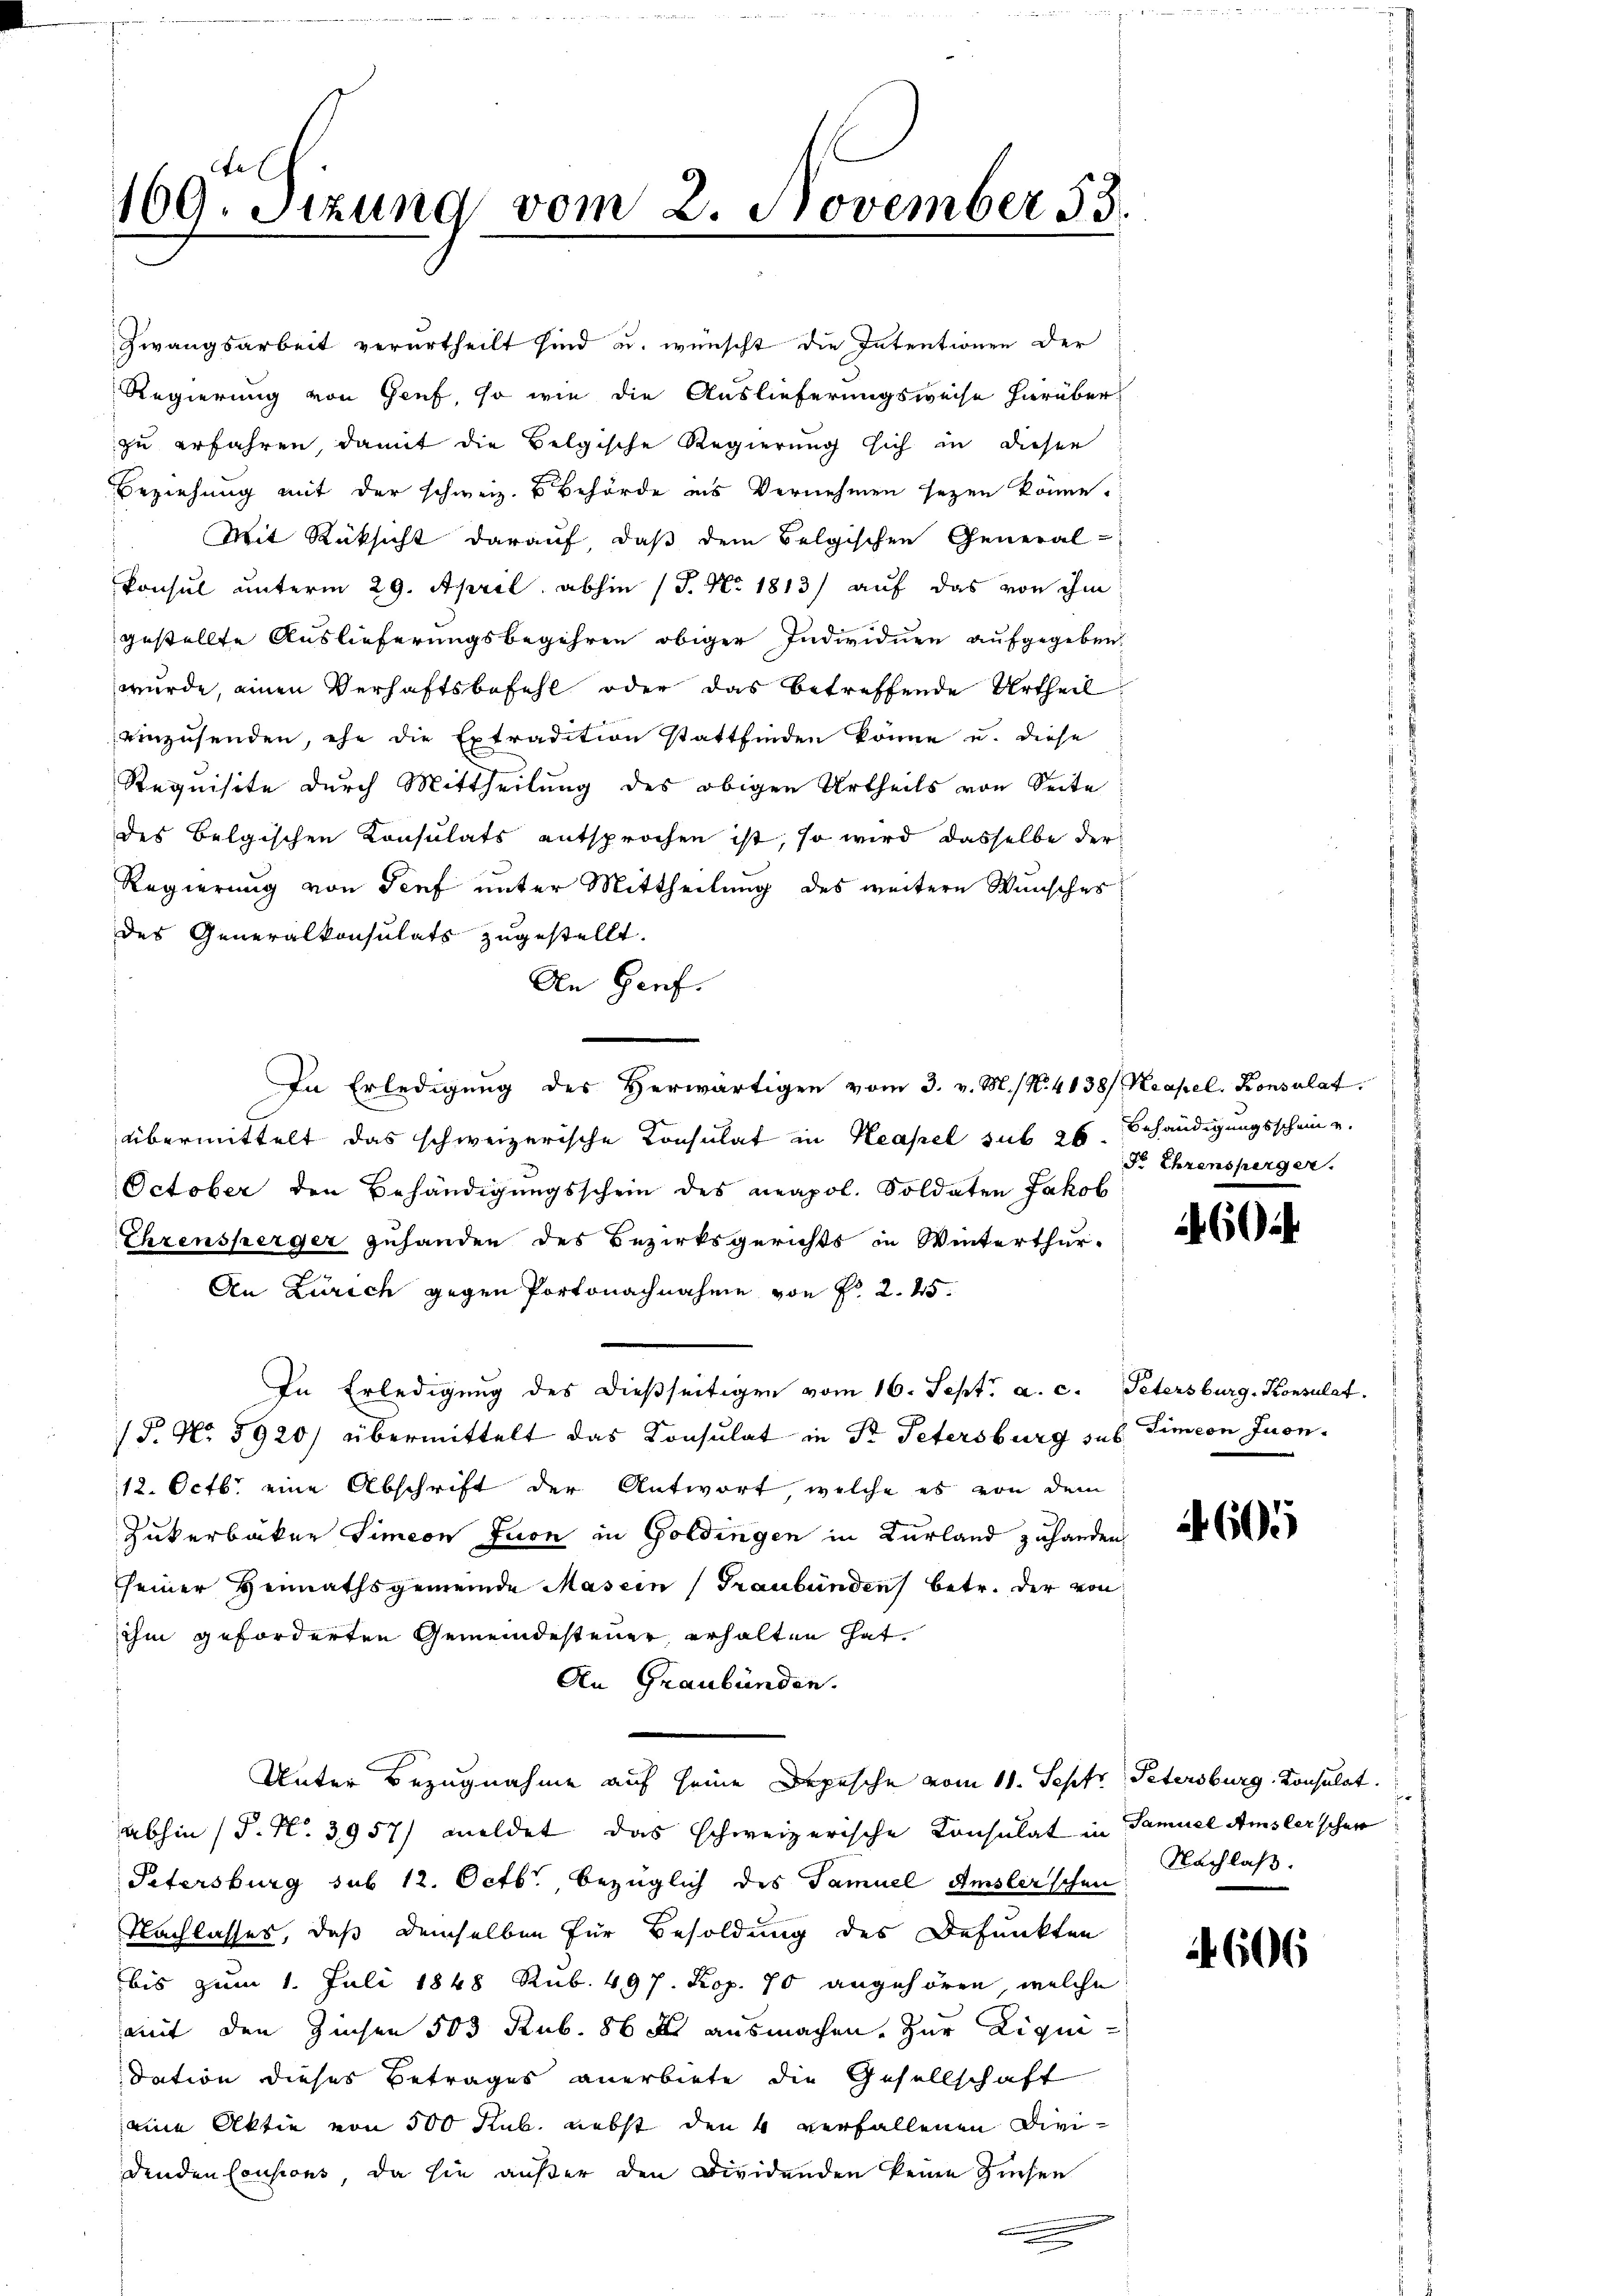
169. Sitzung vom 2. November 33.

Zwangsarbeit verurtheilt sind u. wünscht die Intentionen der
Regierung von Genf, so wie die Auslieferungsweise hierüber
zu erfahren, damit die Belgische Regierung sich in dieser
Beziehung mit der schweiz. B. Behörde ins Vernehmen seyen könne.
Mit Rüksicht darauf, daß dem Belgischen General-
Konsul unterm 29. April abhin (S. Nr. 1813) auf das von ihm
gestellte Auslieferungsbegehren obiger Individuen aufgegeben.
wurde, einen Verhaftsbefehl oder das betreffende Urtheil
einzusenden, ehe die Extradition stattfinden könne u. diese
Requisite durch Mittheilung des obigen Urtheils von Seite
des Belgischen Konsulats entsprochen ist, so wird dasselbe der
Regierung von Senf unter Mittheilung des weitere Wunsches
des Generalkonsulats zugestellt.
An Genf.
In Erledigung des Herwärtigen vom 3. v. M. (N. 4138/ Neapel. Konsulat
übermittelt das schweizerische Consulat in Neapel sub 26
October den Behändigungsschein des neapol. Soldaten Jakob
Ehrensperger zuhanden des Bezirksgerichts in Winterthur-
An Zürich gegen Portonachnahme von Fr. 2. 45.
In Erledigung des dießseitigen vom 16. Sept. a. c. Petersburg, Konsulat
(§. No. 5920/ übermittelt das Konsulat in Dr. Petersburg sub. Simeon Juon.
12. Octb. eine Abschrift der Antwort, welche es von dem
Zukerbäcker Simeon tuon in Goldingen in Kurland zuhanden
seiner Heimathsgemeinde Masein (Graubünden betr. der von
ihm geforderten Gemeindesteuer, erhalten hat.
An Graubünden.
Unter Bezugnahme auf seine Depesche vom 11. Sept. Petersburg Konsulat.
abhin (P. N. 3957/ meldet das schweizerische Consulat in Samuel Amslerschen
Petersburg sub 12. Octbr., bezüglich des Samuel Amsler’schen
Nachlasses, daß demselben für Besoldung des Defunkten
bis zum 1. Juli 1848 Rub. 497. Kop. 70 angehören, welche
mit den Zinsen 503 Rub. 86 f. ausmachen. Zur Liquidation dieses Betrages anerbiete, die Gesellschaft
eine Aktie von 500 Kub. nebst den 4 verfallenen Dividenden Cousions, da sie außer den Dividenden keine Zinsen

Behändigungsschein u.
Dr Ehrensperger.

604

605

Nachlaß.

606